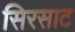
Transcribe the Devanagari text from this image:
सिरसाट